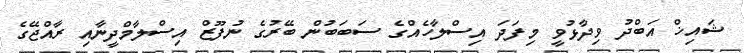
ޝައިޚް އަބްދު ވިދާޅުވީ މިފަދަ އިސްލާހެއްގެ ސަބަބުން ބޭރުގެ ނުފޫޒް އިސްލާމްދީނާއި ރާއްޖޭގެ